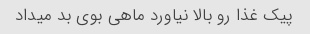
پیک غذا رو بالا نیاورد ماهی بوی بد میداد